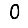
Digit: 0